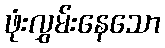
ဖုံးလွှမ်းနေသော